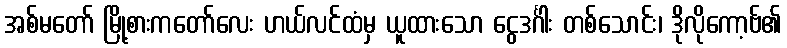
အစ်မတော် မြို့စားကတော်လေး ဟယ်လင်ထံမှ ယူထားသော ငွေဒင်္ဂါး တစ်သောင်း၊ ဒိုလိုကော့ဗ်၏